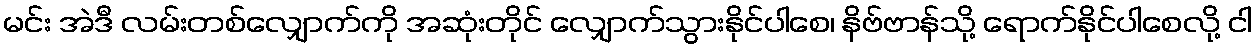
မင်း အဲဒီ လမ်းတစ်လျှောက်ကို အဆုံးတိုင် လျှောက်သွားနိုင်ပါစေ၊ နိဗ်ဗာန်သို့ ရောက်နိုင်ပါစေလို့ ငါ